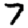
Digit: 7